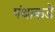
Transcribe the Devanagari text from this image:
पंथाकडे